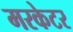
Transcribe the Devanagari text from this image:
मरकेटर